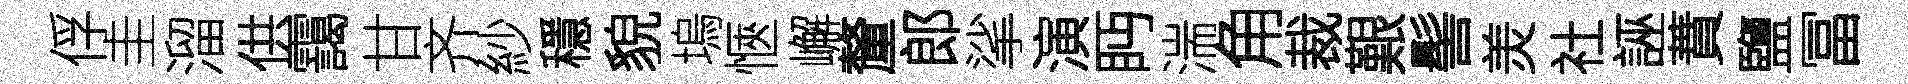
俘圭溜供靄甘齐紗穩貌塢愜嶰釐郎挲演眄湍角裁艱髻羙社誣蕡鹽冨